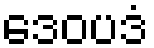
ဒေဝပဒံ